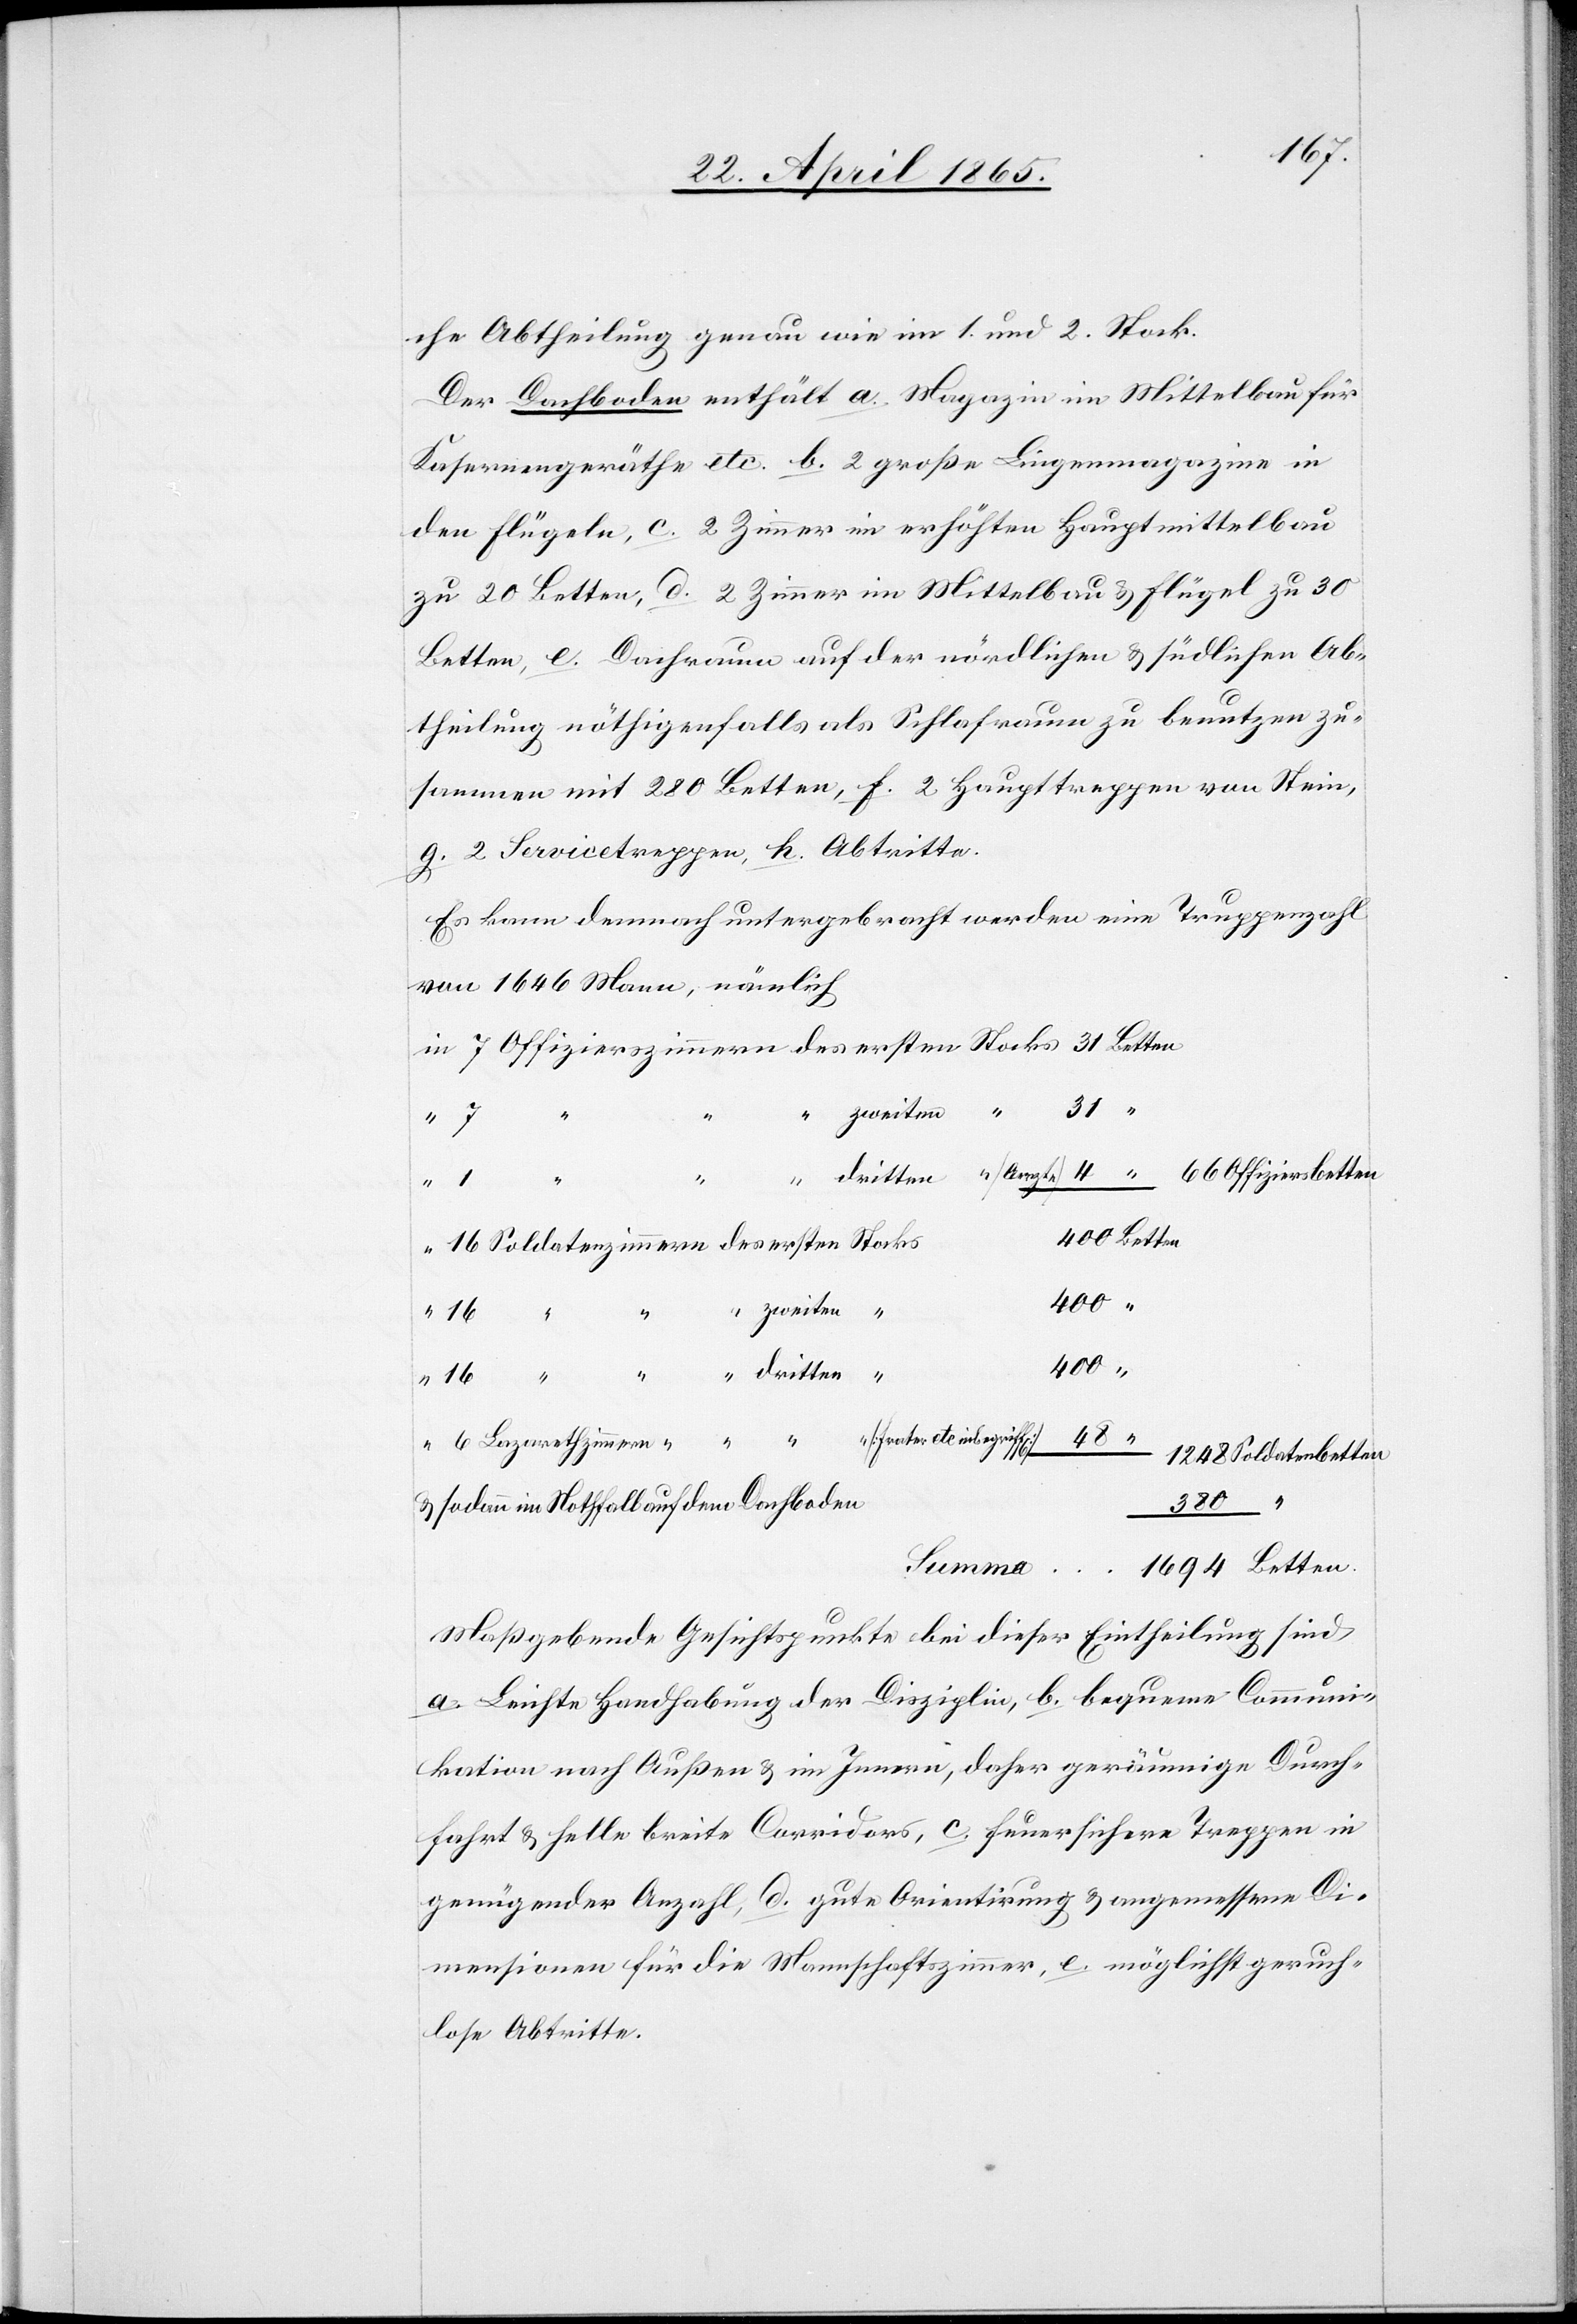
1694
che Abtheilung genau wie im 1. und 2. Stock.
Der Dachboden enthält a. Magazin im Mittelbau für
Kasernengeräthe etc. b. 2 große Lingenmagazine in
den Flügeln, c. 2 Zimmer im erhöhten Hauptmittelbau
zu 20 Betten, d. 2 Zimmer im Mittelbau & Flügel zu 30
Betten, e. Dachraum auf der nördlichen & südlichen Ab¬
theilung nöthigenfalls als Schlafraum zu benutzen zu¬
sammen mit 280 Betten, f. 2 Haupttreppen von Stein,
g. 2 Servicetreppen, h. Abtritte.
Es kann demnach untergebracht werden eine Truppenzahl
von 1646 Mann, nämlich
31
zweiten “
1
Betten
1248
400
Soldatenbetten
380
Maßgebende Gesichtspunkte bei dieser Eintheilung sind
a. Leichte Handhabung der Disziplin, b. bequeme Communi¬
kation nach Außen & im Innern, daher geräumige Durch¬
fahrt & helle breite Corridors, c. feuersichere Treppen in
genügender Anzahl, d. gute Orientirung & angemessene Di¬
mensionen für die Mannschaftszimmer, e. möglichst geruch¬
lose Abritte.